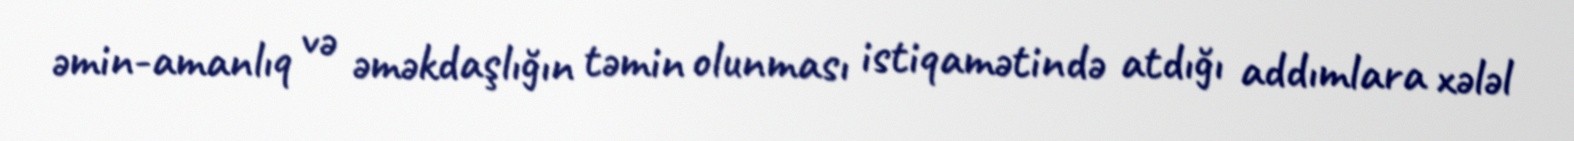
əmin-amanlıq və əməkdaşlığın təmin olunması istiqamətində atdığı addımlara xələl